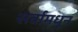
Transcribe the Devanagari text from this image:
सर्वामधून